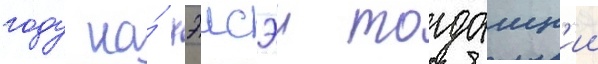
году на́ хэисэи тогдашн'ии